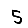
Digit: 5